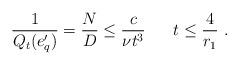
LaTeX: \begin{align*}\frac{1}{Q_t(e'_q)}=\frac{N}{D}\le \frac{c}{\nu t^3}\;\;\;\;\;\;t\le \frac{4}{r_1}{~.}\end{align*}